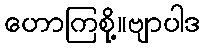
ဟောကြစို့။ဗျာပါဒ